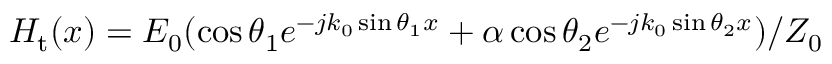
H _ { \mathrm { t } } ( x ) = E _ { \mathrm { 0 } } ( \cos \theta _ { \mathrm { 1 } } e ^ { - j k _ { 0 } \sin \theta _ { \mathrm { 1 } } x } + \alpha \cos \theta _ { \mathrm { 2 } } e ^ { - j k _ { 0 } \sin \theta _ { \mathrm { 2 } } x } ) / Z _ { 0 }